Lunatic asylums United Provinces 1899-1908 - 1899-1908
Year: 1899
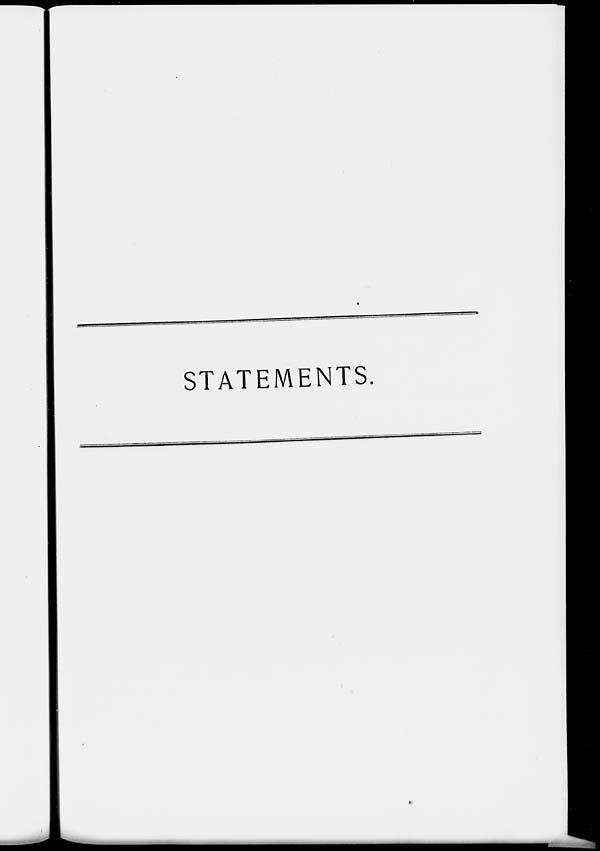
STATEMENTS.